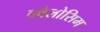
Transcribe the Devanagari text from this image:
क्वेलोसिम